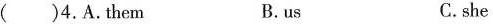
( )4.A.Them B.us C. she